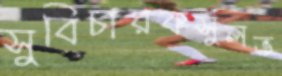
সুবিচারকসুলভ